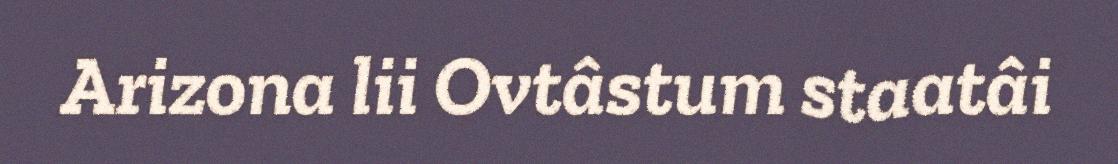
Arizona lii Ovtâstum staatâi